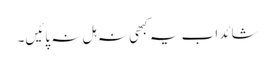
شائد اب یہ کبھی نہ ہل نہ پائیں۔